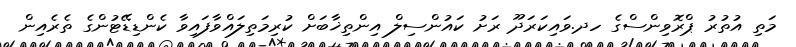
މަތި އުތުރު ޕްރޮވިންސްގެ ހދ.ވައިކަރަދޫ ރަށު ކައުންސިލް އިންތިޚާބަށް ކުރިމަތިލައްވާފައިވާ ކެންޑިޑޭޓުންގެ ތެރެއިން